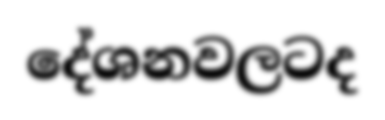
දේශනවලටද